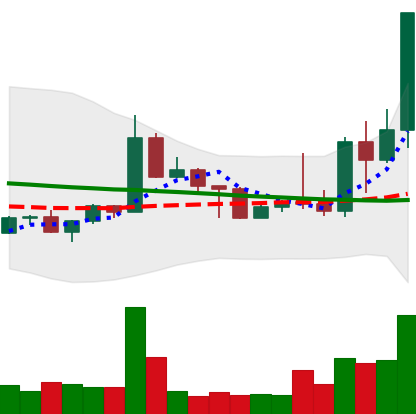
Ticker: TRX-USD
Chart end date: 2022-05-04
Forward return: -15.056%
Label: down_7plus